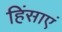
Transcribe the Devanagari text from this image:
हिंसाएं